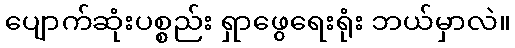
ပျောက်ဆုံးပစ္စည်း ရှာဖွေရေးရုံး ဘယ်မှာလဲ။